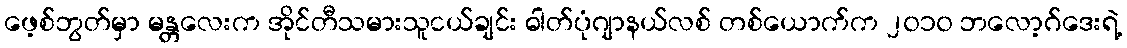
ဖေ့စ်ဘွတ်မှာ မန္တလေးက အိုင်တီသမားသူငယ်ချင်း ဓါတ်ပုံဂျာနယ်လစ် တစ်ယောက်က ၂၀၁၀ ဘလော့ဂ်ဒေးရဲ့